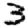
Digit: 3